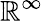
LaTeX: \mathbb{R}^{\infty}